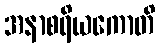
အနာစရိယကောတိ